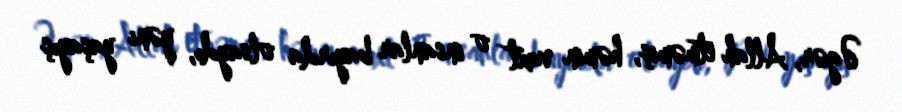
Əgər, Allah etməmiş, həmin vaxt o insanlar bayırda olsaydı, yəni yaşayış